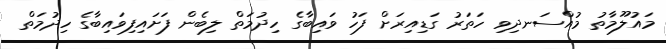
މައުލޫމާތު މުއްސަނދިވި ހަތަރު ގަޑިއިރަށް ފަހު ވައިބާގެ ހިދުމަތް ލިބެން ފަށައިފިވައިބާގެ ހިދުމަތް